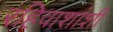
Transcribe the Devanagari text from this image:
रहिवाशांशी